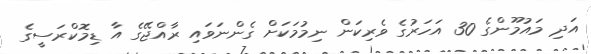
އަދި މައުމޫންގެ 30 އަހަރުގެ ވެރިކަން ނިމުމަކަށް ގެންނަވައި ރާއްޖޭގެ އާ ޑިމޮކްރަސީގެ